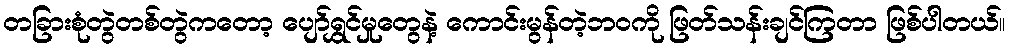
တခြားစုံတွဲတစ်တွဲကတော့ ပျော်ရွှင်မှုတွေနဲ့ ကောင်းမွန်တဲ့ဘဝကို ဖြတ်သန်းချင်ကြတာ ဖြစ်ပါတယ်။